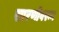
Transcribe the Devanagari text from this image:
सारणीवरून